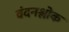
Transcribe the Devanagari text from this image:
वंदनश्लोक